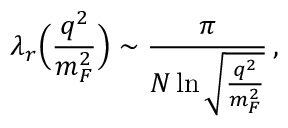
\lambda _ { r } \Bigl ( \frac { q ^ { 2 } } { m _ { F } ^ { 2 } } \Bigr ) \sim \frac { \pi } { N \ln \sqrt { \frac { q ^ { 2 } } { m _ { F } ^ { 2 } } } } \, ,